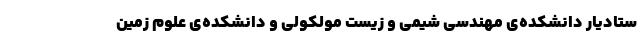
ستادیار دانشکده‌ی مهندسی شیمی و زیست مولکولی و دانشکده‌ی علوم زمین